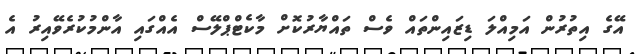
އޭގެ އިތުރުން އަމިއްލަ ޑިޒައިންތައް ވެސް ތައްޔާރުކޮށް މާކެޓްޕްލޭސް އެއްގައި އާންމުކުރެވޭއިރު އެ